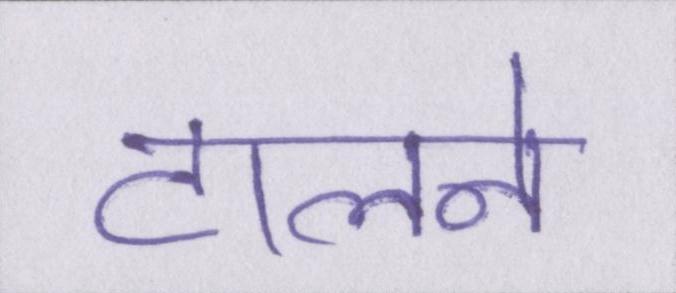
टालने